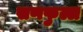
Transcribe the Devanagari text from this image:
सणफुल्ल